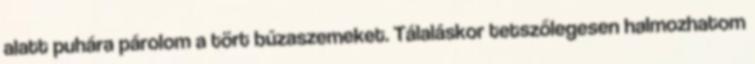
alatt puhára párolom a tört búzaszemeket. Tálaláskor tetszőlegesen halmozhatom